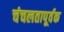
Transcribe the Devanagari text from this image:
चंचलतापूर्वक